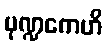
မုဏ္ဍကေဟိ